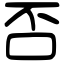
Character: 否